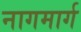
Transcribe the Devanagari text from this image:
नागमार्ग